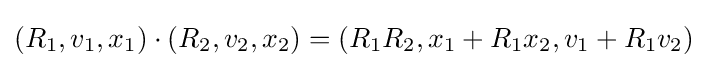
(R_{1},v_{1},x_{1})\cdot (R_{2},v_{2},x_{2})=(R_{1}R_{2},x_{1}+R_{1}x_{2},v_{1}+R_{1}v_{2})